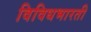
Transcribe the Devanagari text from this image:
विविधभारती